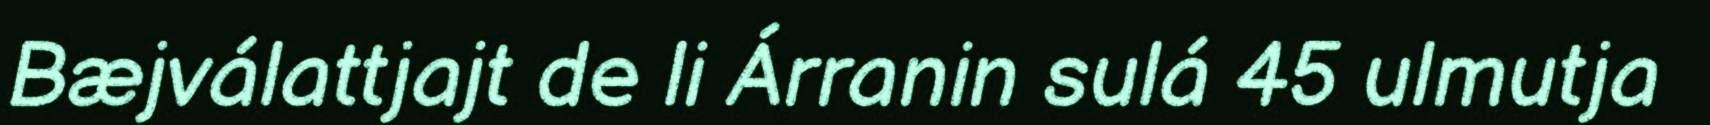
Bæjválattjajt de li Árranin sulá 45 ulmutja